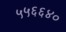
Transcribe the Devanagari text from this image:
५५६६४०